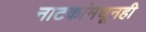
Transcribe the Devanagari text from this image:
नाटकांमधूनही